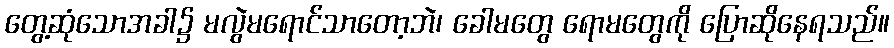
တွေ့ဆုံသောအခါ၌ မလွဲမရောင်သာတော့ဘဲ၊ ခေါမတွေ ရောမတွေကို ပြောဆိုနေရသည်။